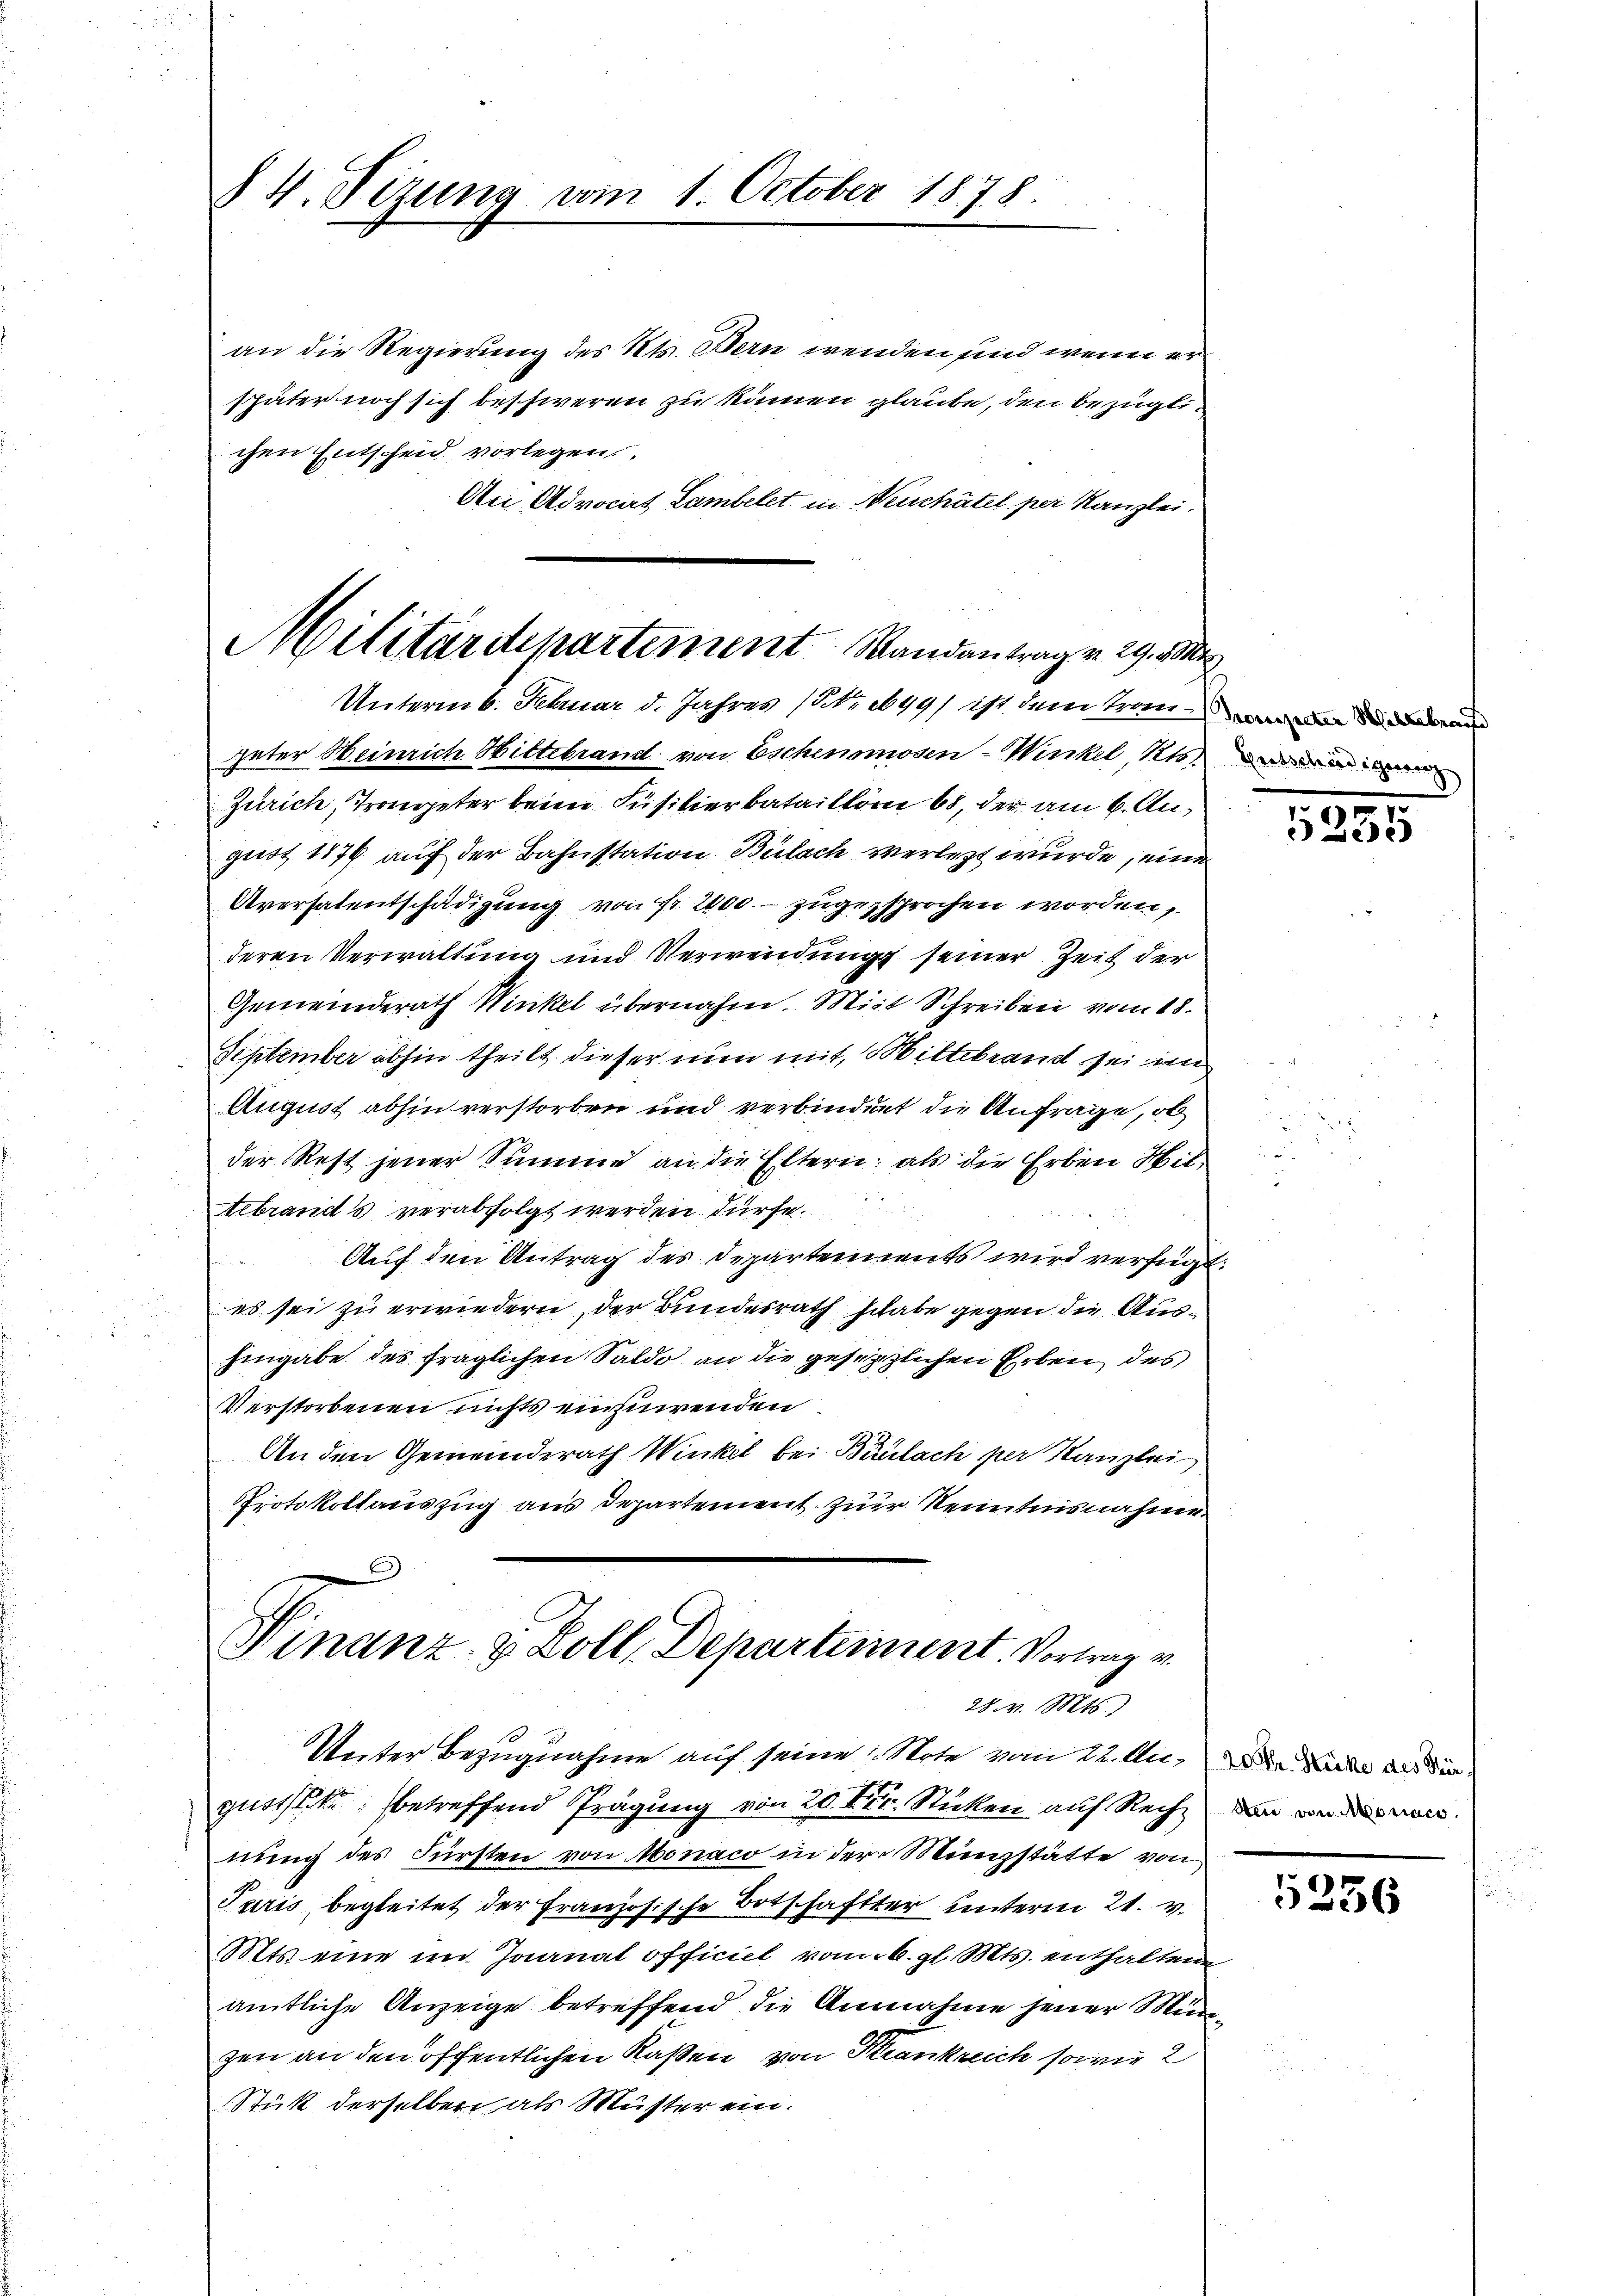
84. Sizung vom 1. October 1878.

an die Regierung des Kts. Bern wenden und wenn er
später noch sich beschweren zu können glaube, den bezüglichen Entscheid vorlegen
An Advocat Lambelet in Neuchâtel per Kanzlei.
Militärdepartement Mandantrag v. 29. Ma

Unterm 6. Februar d. Jahres (NNo. 1699) ist dem Trauer die deren

güter Heinrich Hittebrand von Eschenmosen-Winkel 116 und ei
Zürich, Trongeter beim Füsilierbataillon 68, der am 6. August 1876 auf der Bahnstation Bülach verletzt wurde, eine
Aversalentschädigung von fr. 2000. zugesprochen worden,
deren Verwaltung und Verwendung seiner Zeit der
Gemeinderath Winkel übernahm. Mit Schreiben vom 18.
September abhin theilt dieser nun mit, Mittebrand sei im
August abhin verstorben und verbindunt die Anfrage, ob
der Rest jener Summe an die Eltern, als die Erben Mit¬
Aebrands verabfolgt werden dürfe.
Auf den Antrag des Departements wird verfügt:
es sei zu erwiedern, der Bundesrath schabe gegen die Aus¬
Eingabe des fraglichen Saldo an die gesetzlichen Erben des
Verstorbenen nichts einzuwenden
An den Gemeinderath Winkel bei Baulach per Kanzlei
Protokollauszug aus Departement zur Kenntnisnahme
Finanz- & Doll. Departement. Vortrag v.

28. v. Mts.

Unter Bezugnahme auf seine Note vom 22. A. Die dann das die
gustik betreffend Prägung von 20. Frl. Sticken auf Recht den von der von
nung des Fürsten von Monaco in der Münzstätte von
Taris, begleitet der Französische Botschafter unterm 21. v.
Mts. eine im Jaanat officiel vom 6. gl. Mts. enthaltene
amtliche Anzeige betreffend die Annahme jener Müdezen an den öffentlichen Kaßen, von Krankreich sowie 2
Stück derselben als Muster ein.

371
Gise

5256